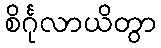
စိင်္ဂုလာယိတွာ